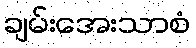
ချမ်းအေးသာစံ